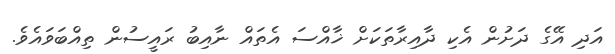
އަދި އޭގެ ދަށުން އެކި ދާއިރާތަކަށް ޚާއްސަ އެތައް ނާއިބު ރައީސުން ތިއްބަވައެވެ.